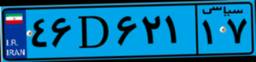
۳۱D۰۷۷۱۶